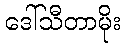
ဒေါ်သီတာမိုး